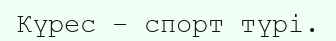
Күрес – спорт түрі.